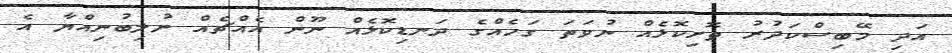
އަދި މޭބިސްކަދުރު ތޮށިކޮޅެއް ނުވަތަ ގަހެއްގެ ދަނޑިކޮޅެއް ނޫން އެއްޗެއް ނުލިބުނިއްޔާ އެ